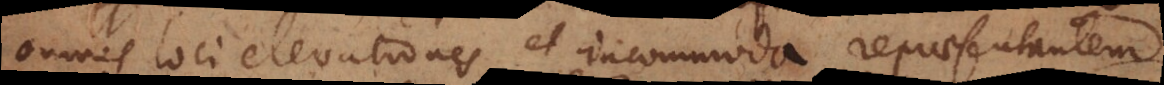
omnes loci elevationes et incommoda repraesentantem,